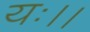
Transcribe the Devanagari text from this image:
यः।।